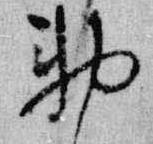
勅